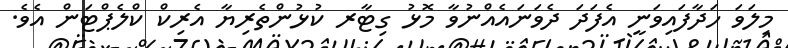
މިލަވަ ހަދާފައިވަނީ އެފަދަ ދެވަނައެއްނުވާ މޮޅު ގިޓާރ ކުޅުންތެރިޔާ އެރިކް ކްލެޕްޓަން އެވެ.